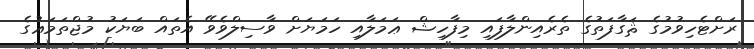
ރަށްޓެހިވުމުގެ ޘަގާފަތުގެ ތެރެއިންލާފައި މިފާހިޝް ޢަމަލާއި ހަމަޔަށް ވާސިލްވެވޭ އެތައް ބަޔަކު މުޖްތަމަޢުގެ